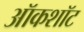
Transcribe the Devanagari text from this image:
ऑकशॉट